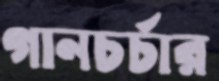
গানচর্চার